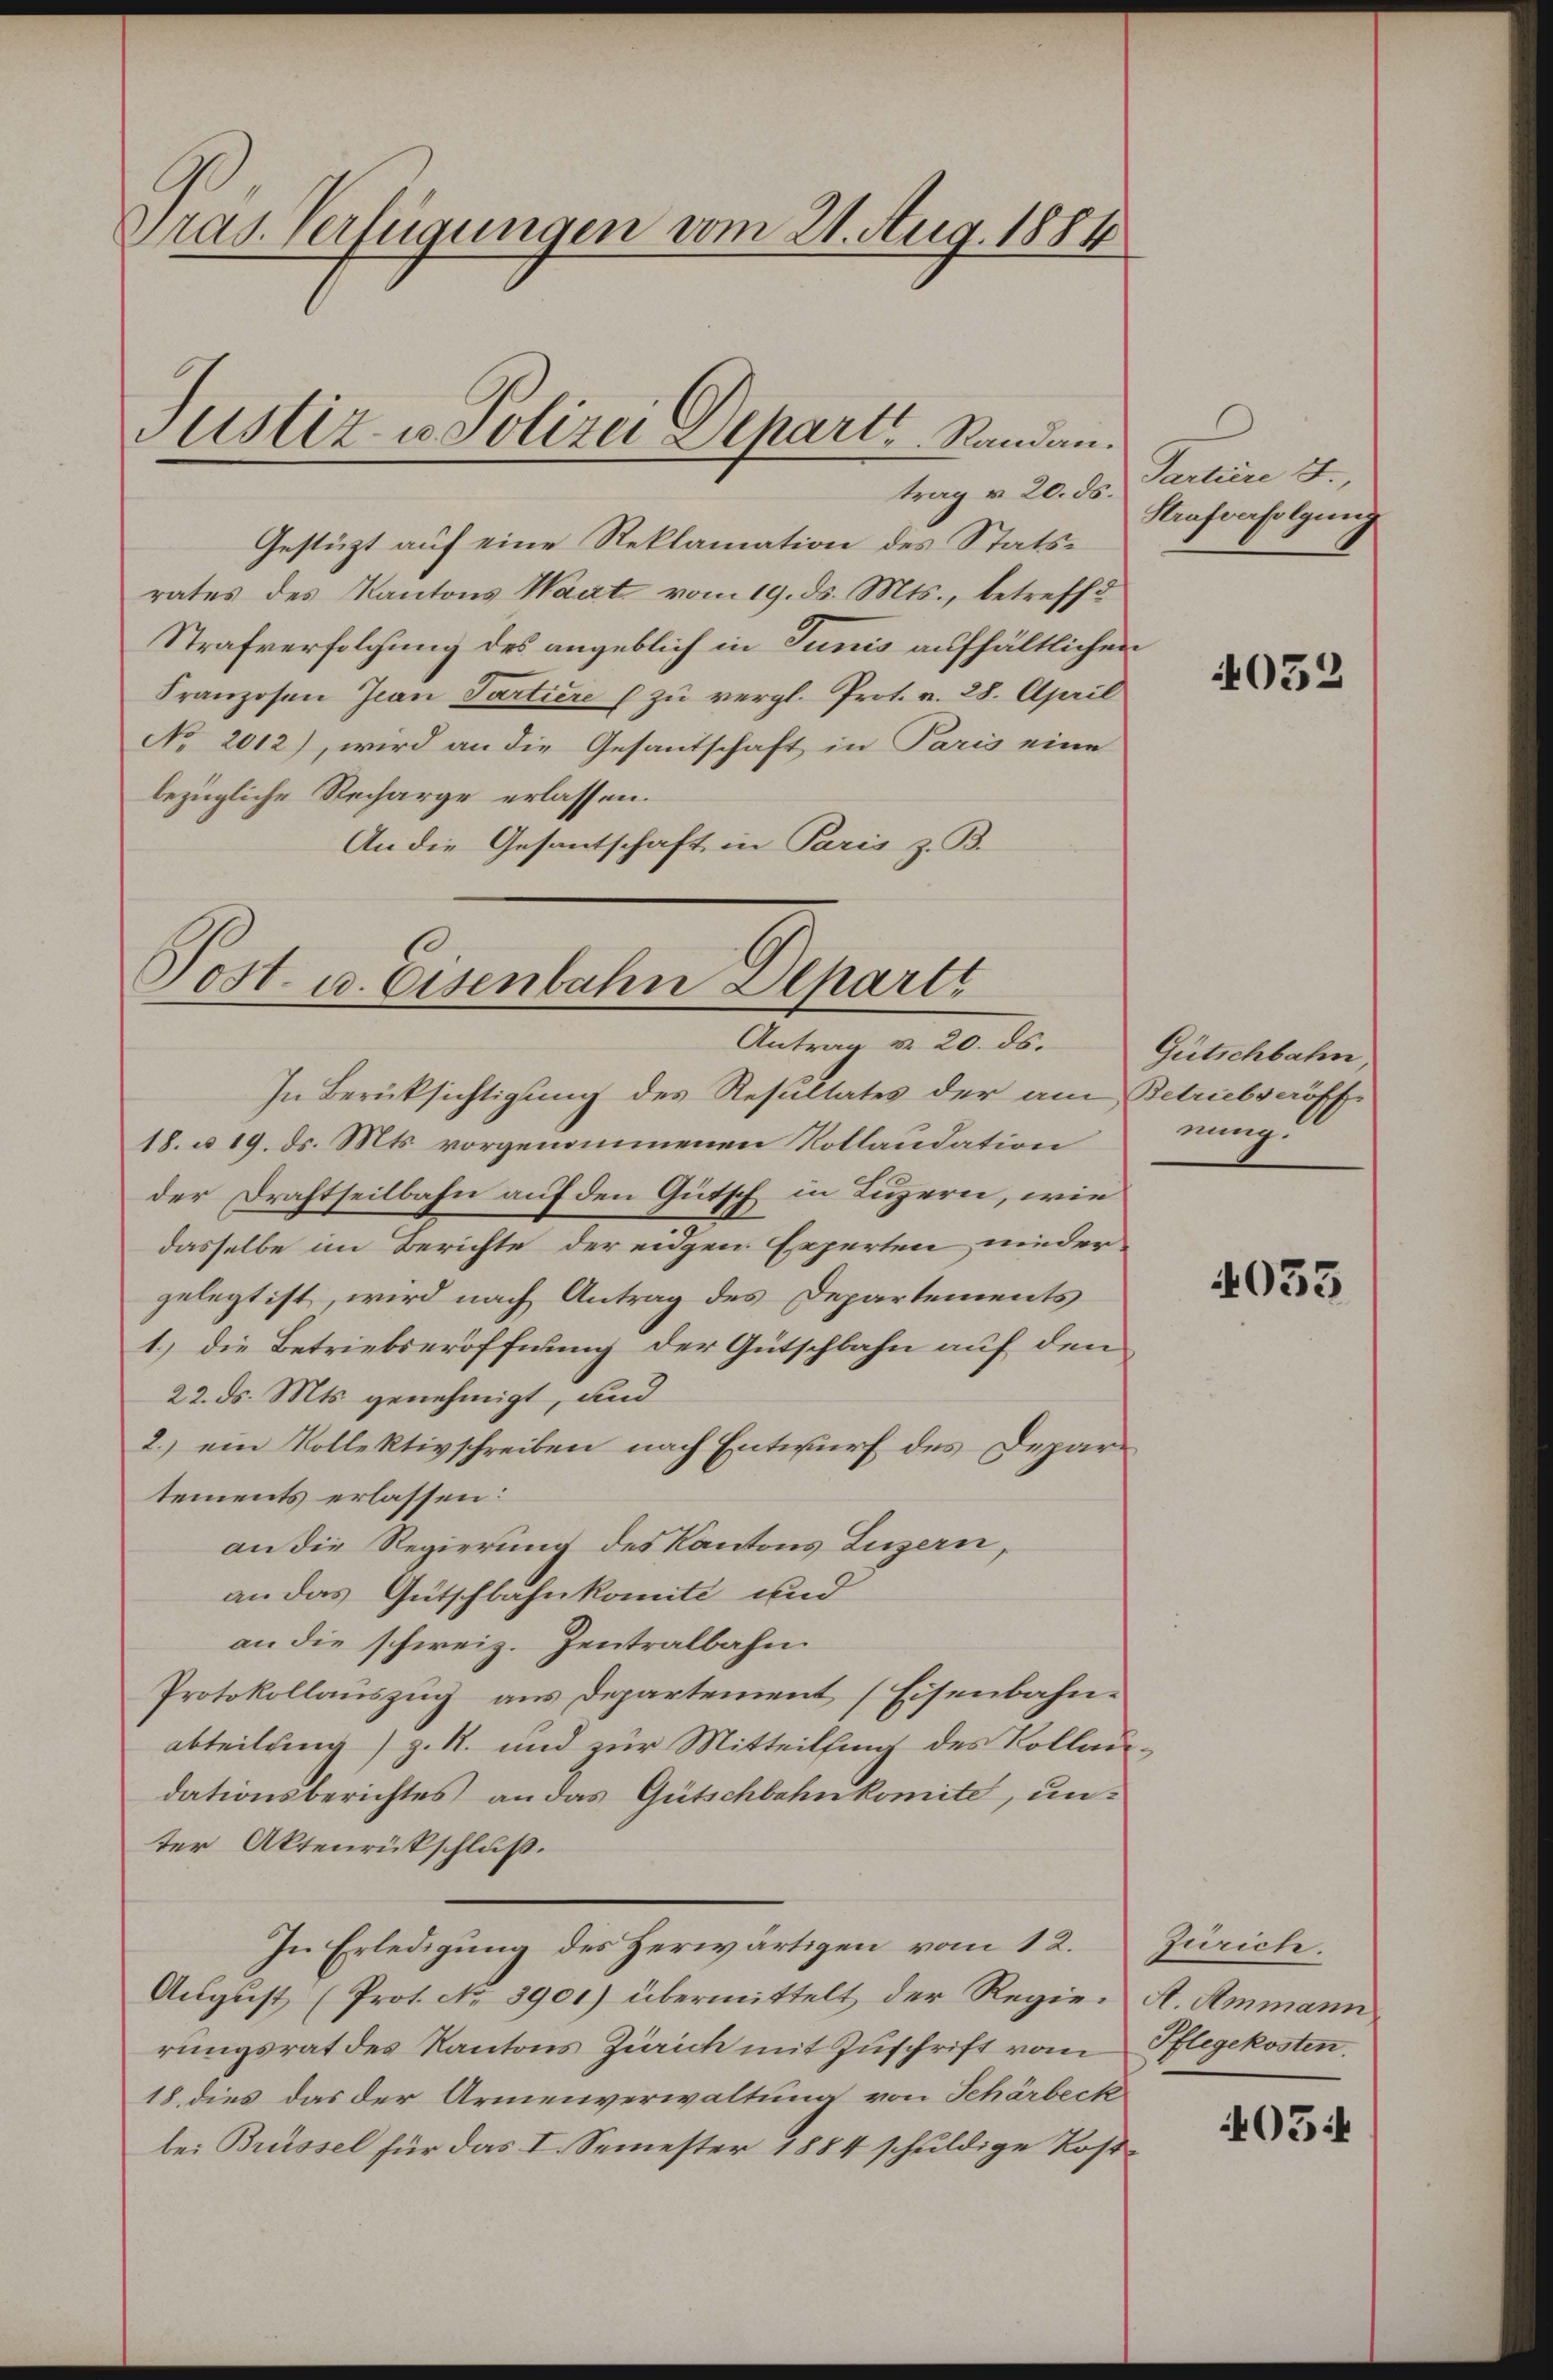
Tras. Verfügungen vom 21. Aug. 1884

Justiz- u. Polizei Departs Standan
trag v. 20. ds.

Gestützt auf eine Reklamation des Statsrates des Kantons Wart vom 19. ds. Mts., betreffd
Strafverfolgung des angeblich in Junis aufhältlichen
Franzosen Jean Partiere u zŭ vergl. Prot. v. 28. April
No 2012), wird an die Gesandschaft in Paris eine
bezügliche Recharge erlassen.
An die Gesantschaft in Paris z. B.

Pest aciuntalen Deparir
Antrag v. 20. ds.

In Berücksichtigung des Resultates der am Betriebseröff¬
18. u 19. ds. Mts. vorgenommenen Kollaudation
der Drahtseitbahn auf den Gütsch in Luzern, wie
dasselbe im Berichte der eidgen Experten nieder
gelegt ist, wird nach Antrag des Departements
1.) Die Betriebseröffnung der Gütschbahn auf den
22. ds. Mts. genehmigt, und
2.) ein Vollektivschreiben nach Entwurf des Departements erlassen:
an die Regierung des Kantons Luzern,
an das Gutschbahnkomité und
an die schweiz. Zentralbahn.
Protokollauszug aus Departement (Eisenbahnabteilung) z. R. und zur Mitteilfing des Kollaudationsberichtes an das Gütschbahnkomite, unter Aktenrückschluß.
In Erledigung des Herwärtigen vom 12.
August (Prot. No. 3901) übermittelt der Regie. A. Ammann
rungsrat des Kantons Zürich mit Zuschrift vom
18. dies das der Armenverwaltung von Schärbeck
bei Brüssel für das I. Semester 1884 schuldige Post¬

Partiere J.,
Kaufverfolgung

4032

Gütschbahn,
nung:

4053

405:

Zürich.
Pflegekosten.